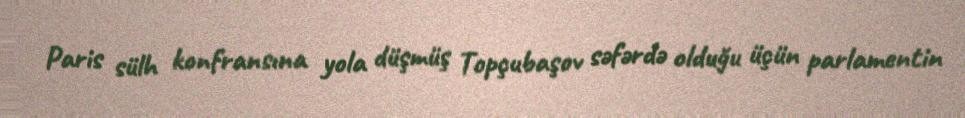
Paris sülh konfransına yola düşmüş Topçubaşov səfərdə olduğu üçün parlamentin